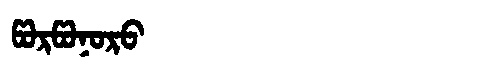
Manchu: ᡦᠣᡵᡦᠣᠨᠣᡵᠣ
Romanization: PORPONORO